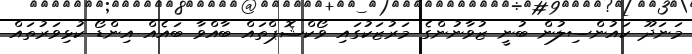
މަނަދޫ ކައުންސިލުން ބުނީ ޒުވާނުންގެ މަރުޒަކުގައި ވޯކްޝޮޕްތައް ބާއްވާ ބައެއް އިންޑޯ ކުޅިވަރުތައް